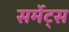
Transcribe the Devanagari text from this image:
सर्मेट्स